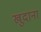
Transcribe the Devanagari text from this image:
खुदाना